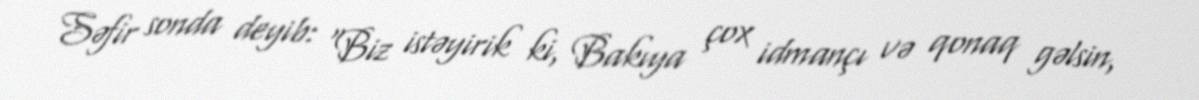
Səfir sonda deyib: “Biz istəyirik ki, Bakıya çox idmançı və qonaq gəlsin,